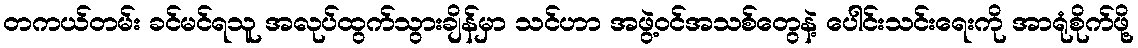
တကယ်တမ်း ခင်မင်ရသူ အလုပ်ထွက်သွားချိန်မှာ သင်ဟာ အဖွဲ့ဝင်အသစ်တွေနဲ့ ပေါင်းသင်းရေးကို အာရုံစိုက်ဖို့